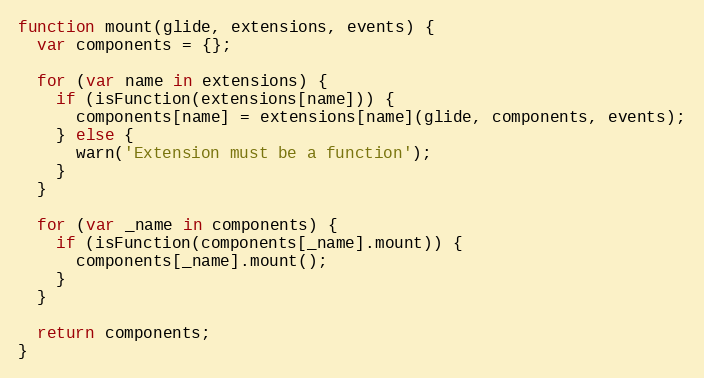
Language: JavaScript
function mount(glide, extensions, events) {
  var components = {};

  for (var name in extensions) {
    if (isFunction(extensions[name])) {
      components[name] = extensions[name](glide, components, events);
    } else {
      warn('Extension must be a function');
    }
  }

  for (var _name in components) {
    if (isFunction(components[_name].mount)) {
      components[_name].mount();
    }
  }

  return components;
}